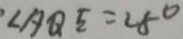
\angle A Q E = 2 5 ^ { \circ }